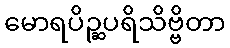
မောရပိဉ္ဆပရိသိဗ္ဗိတာ